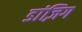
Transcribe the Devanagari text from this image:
डांज़िग